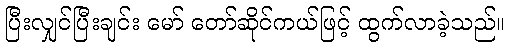
ပြီးလျှင်ပြီးချင်း မော် တော်ဆိုင်ကယ်ဖြင့် ထွက်လာခဲ့သည်။